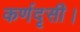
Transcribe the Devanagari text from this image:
कर्णदृसी।